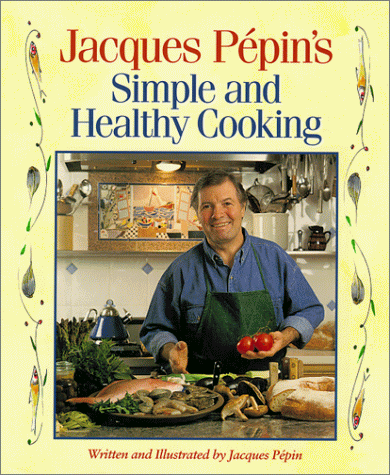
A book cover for Jacques Pepin's Simple and Healthy Cooking; Jacques Pepin; Health, Fitness & Dieting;